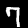
Label: 7